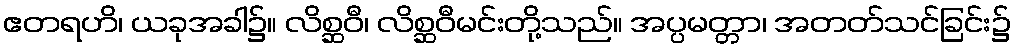
ဧတရဟိ၊ ယခုအခါ၌။ လိစ္ဆဝီ၊ လိစ္ဆဝီမင်းတို့သည်။ အပ္ပမတ္တာ၊ အတတ်သင်ခြင်း၌